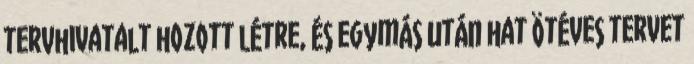
tervhivatalt hozott létre, és egymás után hat ötéves tervet